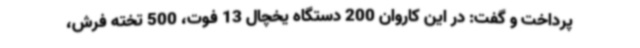
پرداخت و گفت: در این کاروان 200 دستگاه یخچال 13 فوت، 500 تخته فرش،